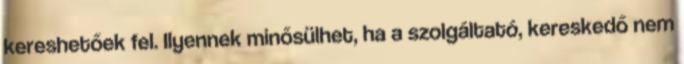
kereshetőek fel. Ilyennek minősülhet, ha a szolgáltató, kereskedő nem